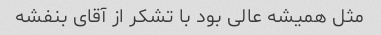
مثل همیشه عالی بود با تشکر از آقای بنفشه